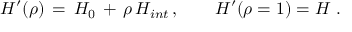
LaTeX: H ^ { \prime } ( \rho ) \, = \, H _ { 0 } \, + \, \rho \, H _ { i n t } \, , \qquad H ^ { \prime } ( \rho = 1 ) = H ~ .